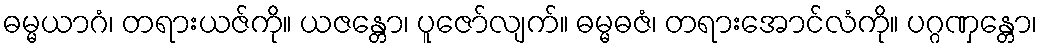
ဓမ္မယာဂံ၊ တရားယဇ်ကို။ ယဇန္တော၊ ပူဇော်လျက်။ ဓမ္မဓဇံ၊ တရားအောင်လံကို။ ပဂ္ဂဏှန္တော၊